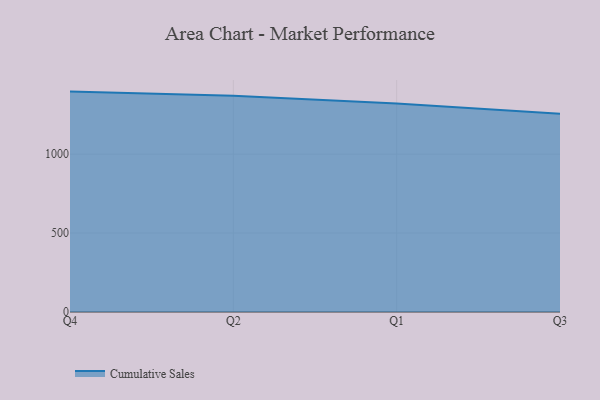
{"axis": {"x": "Quarter", "y": "Headcount"}, "legend": ["Cumulative Sales"], "data": [{"x": "Q4", "y": 1395.8, "type": "Cumulative Sales"}, {"x": "Q2", "y": 1369.6, "type": "Cumulative Sales"}, {"x": "Q1", "y": 1319.7, "type": "Cumulative Sales"}, {"x": "Q3", "y": 1256.3, "type": "Cumulative Sales"}]}